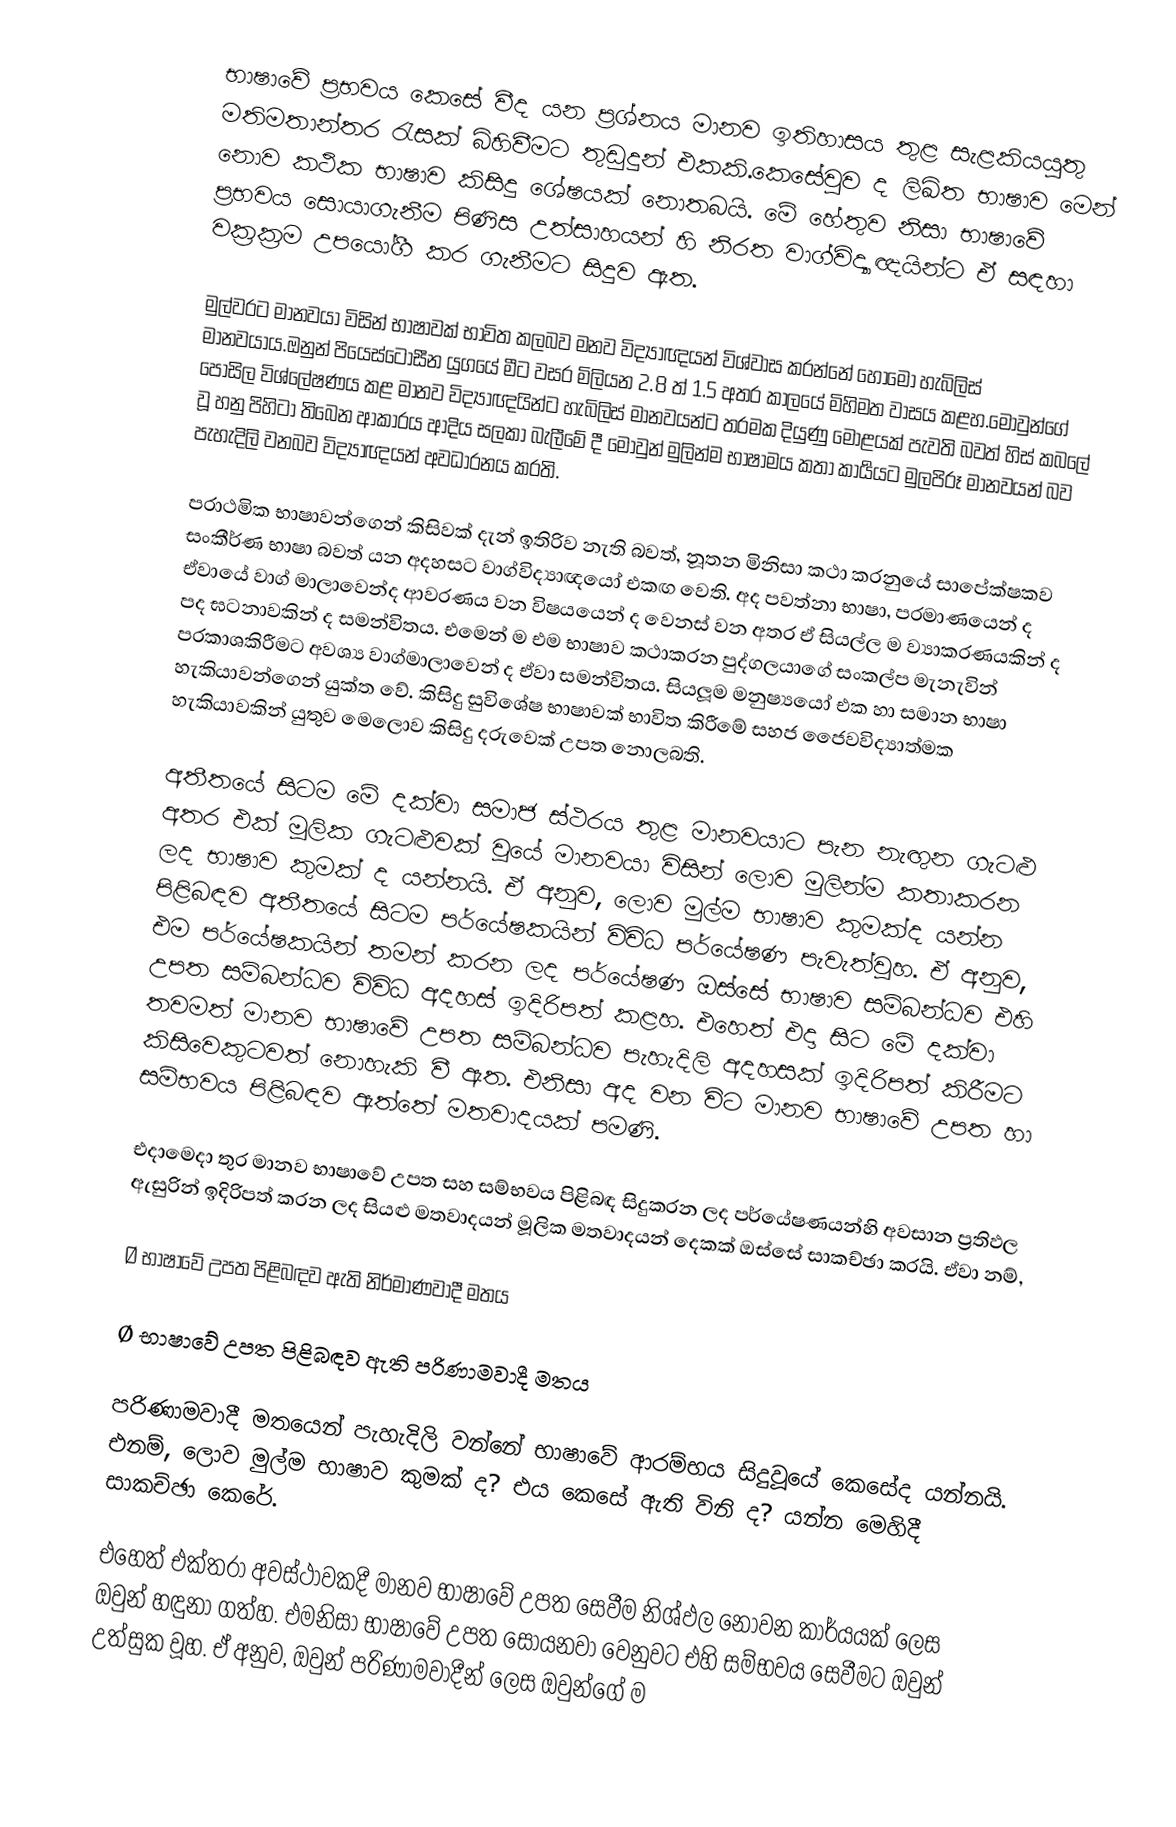
භාෂාවේ ප‍්‍රභවය කෙසේ වීද යන ප‍්‍රශ්නය මානව ඉතිහාසය තුළ සැළකියයුතු මතිමතාන්තර රැසක් බිහිවීමට තුඩුදුන් එකකි.කෙසේවුව ද ලිඛිත භාෂාව මෙන් නොව කථික භාෂාව කිසිදු ශේෂයක් නොතබයි. මේ හේතුව නිසා භාෂාවේ ප‍්‍රභවය සොයාගැනීම පිණිස උත්සාහයන් හි නිරත වාග්විද්‍යාඥයින්ට ඒ සඳහා වක‍්‍රක‍්‍රම උපයෝගී  කර ගැනීමට සිදුව ඇත.

මුල්වරට මානවයා විසින් භාෂාවක් භාවිත කලබව මනව විද්‍යාඥයන් විශ්වාස කරන්නේ හෝමෝ හැබිලිස් මානවයාය.ඔනුන් පියෙස්ටෝසීන යුගයේ මීට වසර මිලියන 2.8 ත් 1.5 අතර කාලයේ මිහිමත වාසය කළහ.මොවුන්ගේ පොසිල විශ්ලේෂණය කළ මානව විද්‍යාඥයින්ට හැබිලිස් මානවයන්ට තරමක දියුණු මොළයක් පැවති බවත් හිස් කබලේ වූ හනු පිහිටා තිබෙන ආකාරය ආදිය සලකා බැලීමේ දී මොවුන් මුලින්ම භාෂාමය කතා කාර්‍යයට මුලපිරූ මානවයන් බව පැහැදිලි වනබව විද්‍යාඥයන් අවධාරනය කරති.

ප‍්‍රාථමික භාෂාවන්ගෙන් කිසිවක් දැන් ඉතිරිව නැති බවත්, නූතන මිනිසා කථා කරනුයේ සාපේක්ෂකව සංකීර්ණ භාෂා බවත් යන අදහසට වාග්විද්‍යාඥයෝ එකඟ වෙති. අද පවත්නා භාෂා, ප‍්‍රමාණයෙන් ද ඒවායේ වාග් මාලාවෙන්ද ආවරණය වන විෂයයෙන් ද වෙනස් වන අතර ඒ සියල්ල ම ව්‍යාකරණයකින් ද පද ඝටනාවකින් ද සමන්විතය. එමෙන් ම එම භාෂාව කථාකරන පුද්ගලයාගේ සංකල්ප මැනැවින් ප‍්‍රකාශකිරීමට අවශ්‍ය වාග්මාලාවෙන් ද ඒවා සමන්විතය. සියලූම මනුෂ්‍යයෝ එක හා සමාන භාෂා හැකියාවන්ගෙන් යුක්ත වේ. කිසිදු සුවිශේෂ භාෂාවක් භාවිත කිරීමේ සහජ ජෛවවිද්‍යාත්මක හැකියාවකින් යුතුව මෙලොව කිසිදු දරුවෙක් උපත නොලබති.

අතීතයේ සිටම මේ දක්වා සමාජ ස්ථරය තුළ මානවයාට පැන නැඟුන ගැටළු අතර එක් මූලික ගැටළුවක් වූයේ මානවයා විසින් ලොව මුලින්ම කතාකරන ලද භාෂාව කුමක් ද යන්නයි.  ඒ අනුව, ලොව මුල්ම භාෂාව කුමක්ද යන්න පිළිබඳව අතීතයේ සිටම පර්යේෂකයින් විවිධ පර්යේෂණ පැවැත්වූහ.  ඒ අනුව, එම පර්යේෂකයින් තමන් කරන ලද පර්යේෂණ ඔස්සේ භාෂාව සම්බන්ධව එහි උපත සම්බන්ධව විවිධ අදහස් ඉදිරිපත් කළහ.  එහෙත් එදා සිට මේ දක්වා තවමත් මානව භාෂාවේ උපත සම්බන්ධව පැහැදිලි අදහසක් ඉදිරිපත් කිරීමට කිසිවෙකුටවත් නොහැකි වී ඇත.  එනිසා අද වන විට මානව භාෂාවේ උපත හා සම්භවය පිළිබඳව ඇත්තේ මතවාදයක් පමණි.

එදාමෙදා තුර මානව භාෂාවේ උපත සහ සම්භවය පිළිබඳ සිදුකරන ලද පර්යේෂණයන්හි අවසාන ප්‍රතිඵල ඇසුරින් ඉදිරිපත් කරන ලද සියළු මතවාදයන් මූලික මතවාදයන් දෙකක් ඔස්සේ සාකච්ඡා කරයි. ඒවා නම්,

Ø භාෂාවේ උපත පිළිබඳව ඇති නිර්මාණවාදී මතය

Ø භාෂාවේ උපත පිළිබඳව ඇති පරිණාමවාදී මතය

පරිණාමවාදී මතයෙන් පැහැදිලි වන්නේ භාෂාවේ ආරම්භය සිදුවූයේ කෙසේද යන්නයි.  එනම්, ලොව මුල්ම භාෂාව කුමක් ද? එය කෙසේ ඇති විනි ද? යන්න මෙහිදී සාකච්ඡා කෙරේ.

එහෙත් එක්තරා අවස්ථාවකදී මානව භාෂාවේ උපත සෙවීම නිශ්ඵල නොවන කාර්යයක් ලෙස ඔවුන් හඳුනා ගත්හ.  එමනිසා භාෂාවේ උපත සොයනවා වෙනුවට එහි සම්භවය සෙවීමට ඔවුන් උත්සුක වූහ.  ඒ අනුව, ඔවුන් පරිණාමවාදීන් ලෙස ඔවුන්ගේ ම